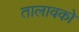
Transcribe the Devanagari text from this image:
तालावको